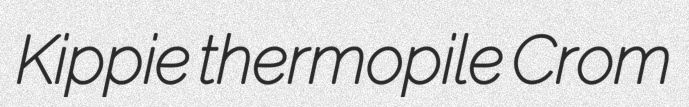
Kippie thermopile Crom